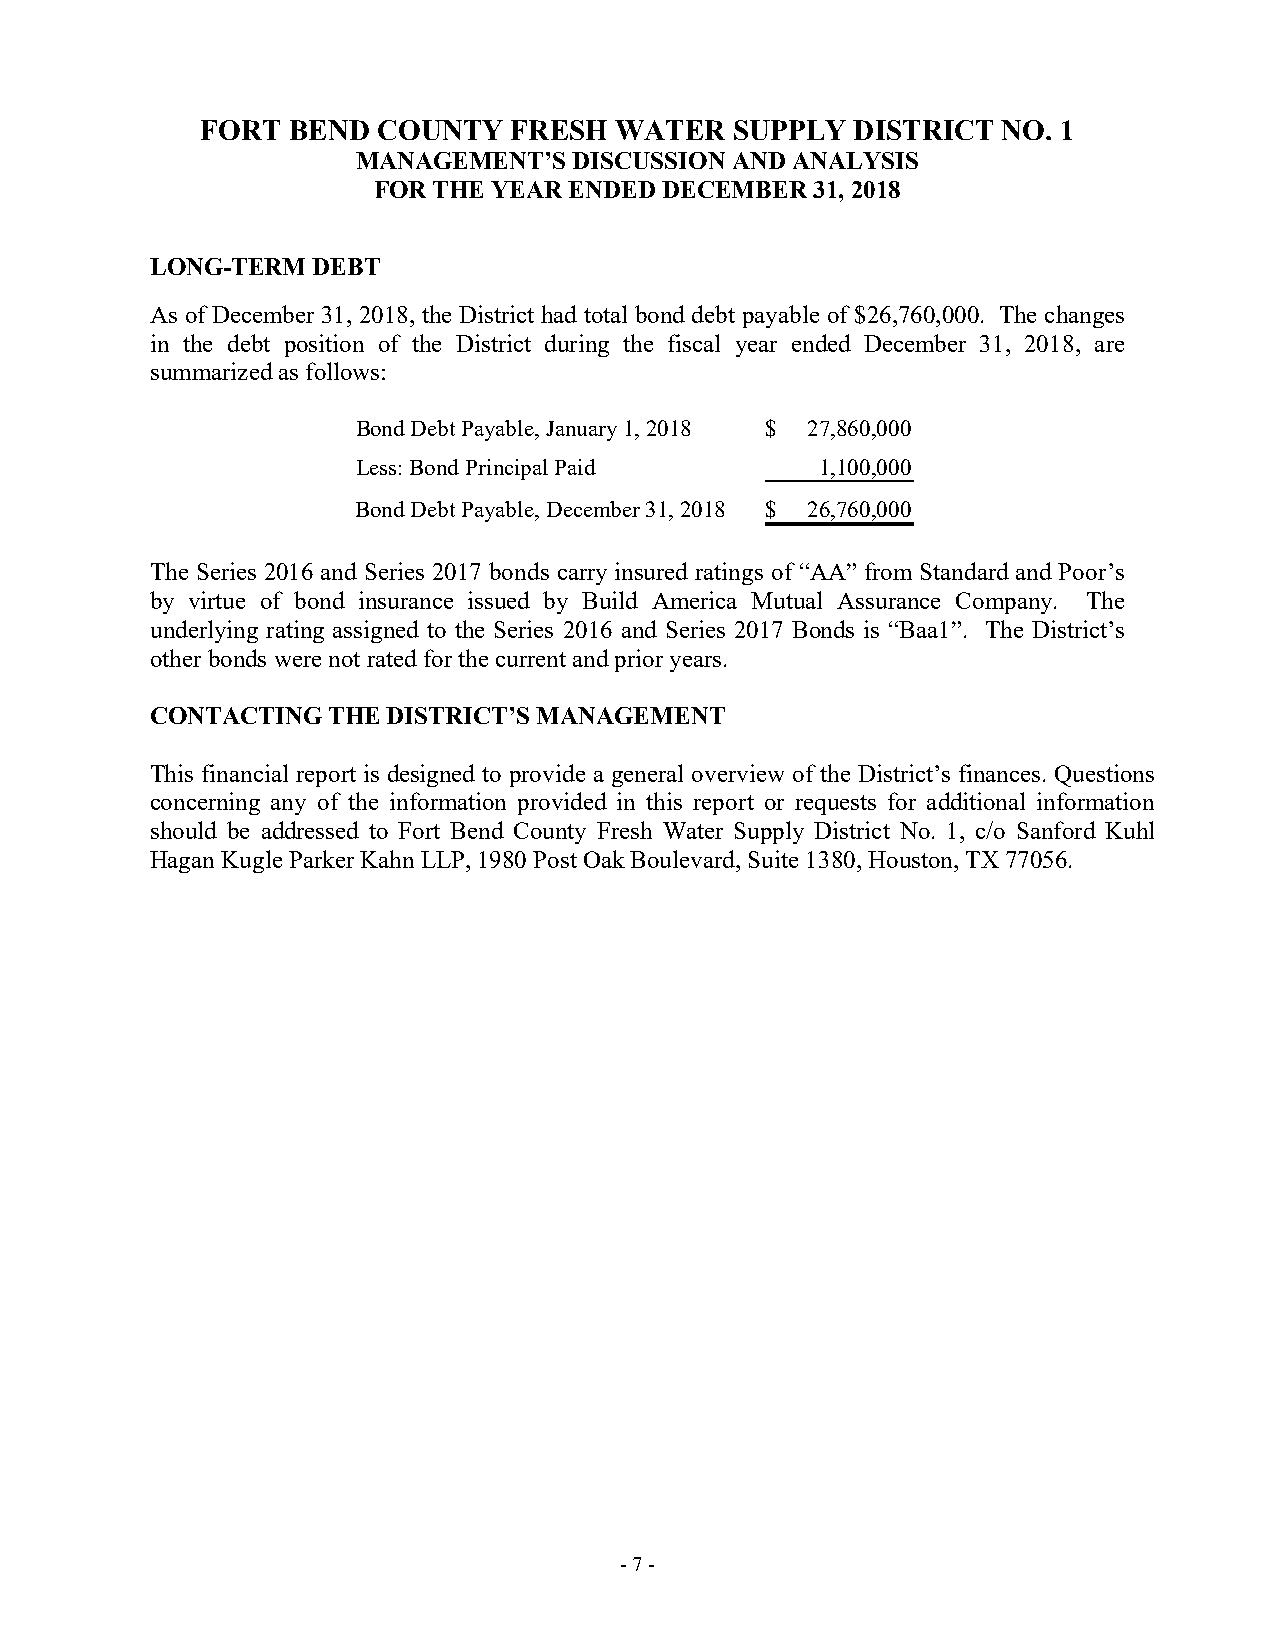
FORT  BEND  COUNTY   FRESH  WATER   SUPPLY  DISTRICT NO. 1
 MANAGEMENT’S  DISCUSSION AND ANALYSIS
 FOR THE YEAR ENDED DECEMBER  31, 2018
 LONG-TERM  DEBT
 As of December 31, 2018, the District had total bond debt payable of $26,760,000. The changes
 in the debt position of the District during the fiscal year ended December 31, 2018, are
 summarized as follows:
 Bond Debt Payable, January 1, 2018 $ 27,860,000
 Less: Bond Principal Paid     1,100,000
 Bond Debt Payable, December 31, 2018 $ 26,760,000
 The Series 2016 and Series 2017 bonds carry insured ratings of “AA” from Standard and Poor’s
 by virtue of bond insurance issued by Build America Mutual Assurance Company. The
 underlying rating assigned to the Series 2016 and Series 2017 Bonds is “Baa1”. The District’s
 other bonds were not rated for the current and prior years.
 CONTACTING  THE DISTRICT’S MANAGEMENT
 This financial report is designed to provide a general overview of the District’s finances. Questions
 concerning any of the information provided in this report or requests for additional information
 should be addressed to Fort Bend County Fresh Water Supply District No. 1, c/o Sanford Kuhl
 Hagan Kugle Parker Kahn LLP, 1980 Post Oak Boulevard, Suite 1380, Houston, TX 77056.
 - 7 -